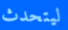
ليتحدث